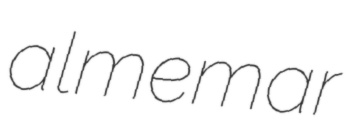
almemar